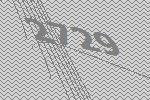
2729